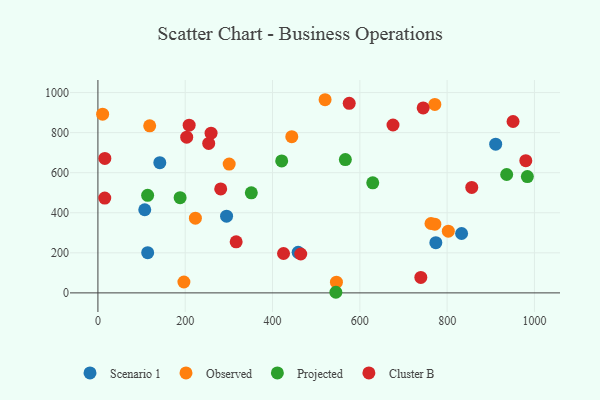
{"axis": {"x": "Distance", "y": "Profit"}, "legend": ["Cluster B", "Observed", "Projected", "Scenario 1"], "data": [{"x": "774.1", "y": 250.8, "type": "Scenario 1"}, {"x": "833.1", "y": 296.4, "type": "Scenario 1"}, {"x": "458.7", "y": 202.6, "type": "Scenario 1"}, {"x": "911.2", "y": 742.2, "type": "Scenario 1"}, {"x": "107.3", "y": 415.0, "type": "Scenario 1"}, {"x": "114.0", "y": 200.5, "type": "Scenario 1"}, {"x": "294.7", "y": 382.9, "type": "Scenario 1"}, {"x": "141.8", "y": 650.2, "type": "Scenario 1"}, {"x": "546.4", "y": 53.2, "type": "Observed"}, {"x": "802.7", "y": 307.8, "type": "Observed"}, {"x": "771.8", "y": 940.9, "type": "Observed"}, {"x": "223.3", "y": 373.1, "type": "Observed"}, {"x": "763.0", "y": 346.4, "type": "Observed"}, {"x": "444.1", "y": 779.9, "type": "Observed"}, {"x": "300.7", "y": 643.1, "type": "Observed"}, {"x": "520.4", "y": 964.3, "type": "Observed"}, {"x": "10.8", "y": 892.3, "type": "Observed"}, {"x": "771.8", "y": 342.8, "type": "Observed"}, {"x": "197.0", "y": 54.3, "type": "Observed"}, {"x": "118.6", "y": 834.0, "type": "Observed"}, {"x": "983.8", "y": 580.5, "type": "Projected"}, {"x": "113.9", "y": 486.9, "type": "Projected"}, {"x": "421.0", "y": 658.7, "type": "Projected"}, {"x": "545.1", "y": 3.0, "type": "Projected"}, {"x": "351.4", "y": 499.5, "type": "Projected"}, {"x": "936.4", "y": 591.1, "type": "Projected"}, {"x": "629.6", "y": 549.3, "type": "Projected"}, {"x": "566.8", "y": 665.3, "type": "Projected"}, {"x": "188.3", "y": 475.3, "type": "Projected"}, {"x": "980.2", "y": 660.1, "type": "Cluster B"}, {"x": "575.7", "y": 946.5, "type": "Cluster B"}, {"x": "253.8", "y": 746.0, "type": "Cluster B"}, {"x": "951.0", "y": 855.5, "type": "Cluster B"}, {"x": "209.0", "y": 837.4, "type": "Cluster B"}, {"x": "259.2", "y": 797.1, "type": "Cluster B"}, {"x": "745.1", "y": 923.3, "type": "Cluster B"}, {"x": "425.2", "y": 196.7, "type": "Cluster B"}, {"x": "464.6", "y": 194.1, "type": "Cluster B"}, {"x": "676.0", "y": 838.2, "type": "Cluster B"}, {"x": "15.7", "y": 473.4, "type": "Cluster B"}, {"x": "203.4", "y": 777.4, "type": "Cluster B"}, {"x": "15.9", "y": 671.1, "type": "Cluster B"}, {"x": "281.3", "y": 518.9, "type": "Cluster B"}, {"x": "739.7", "y": 76.9, "type": "Cluster B"}, {"x": "856.4", "y": 526.4, "type": "Cluster B"}, {"x": "316.7", "y": 254.8, "type": "Cluster B"}]}